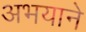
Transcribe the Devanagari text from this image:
अभयाने